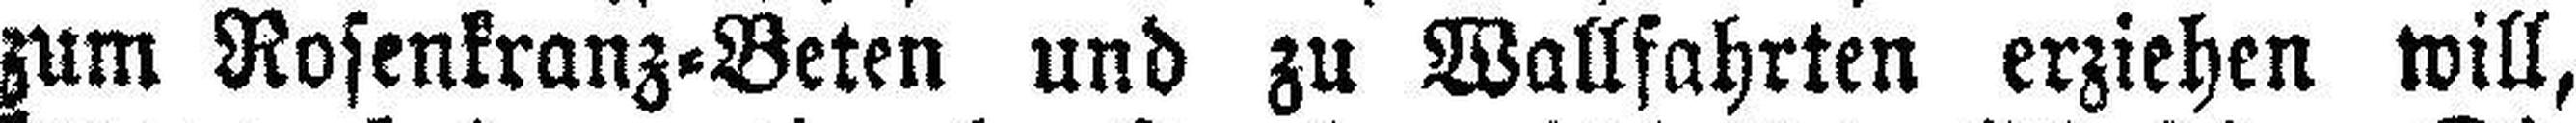
zum Rosenkranz=Beten und zu Wallfahrten erziehen will,